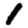
Digit: 1